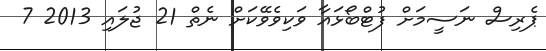
ޕެރިސް ނަސީމަށް ފުޓްބޯޅައާ ވަކިވެވޭކަށް ނެތް 21 ޖުލައި 2013 7